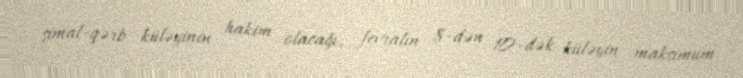
şimal-qərb küləyinin hakim olacağı, fevralın 8-dən 10-dək küləyin maksimum